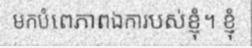
មកបំពេភាពឯការបស់ខ្ញុំ។ ខ្ញុំ